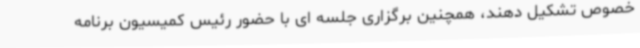
خصوص تشکیل دهند، همچنین برگزاری جلسه ای با حضور رئیس کمیسیون برنامه